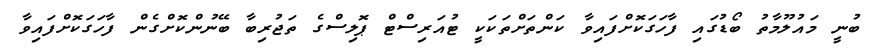
ބުނީ މައުލޫމާތު ބޯޑުގައި ފާހަގަކޮށްފައިވާ ކަންތަށްތަކަކީ ޓުއަރިސްޓް ޕޮލިސްގެ ތަޖުރިބާ ބޭނުންކޮށްގެން ފާހަގަކޮށްފައިވާ